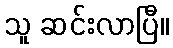
သူ ဆင်းလာပြီ။